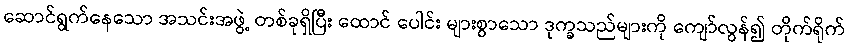
ဆောင်ရွက်နေသော အသင်းအဖွဲ့ တစ်ခုရှိပြီး ထောင် ပေါင်း များစွာသော ဒုက္ခသည်များကို ကျော်လွန်၍ တိုက်ရိုက်